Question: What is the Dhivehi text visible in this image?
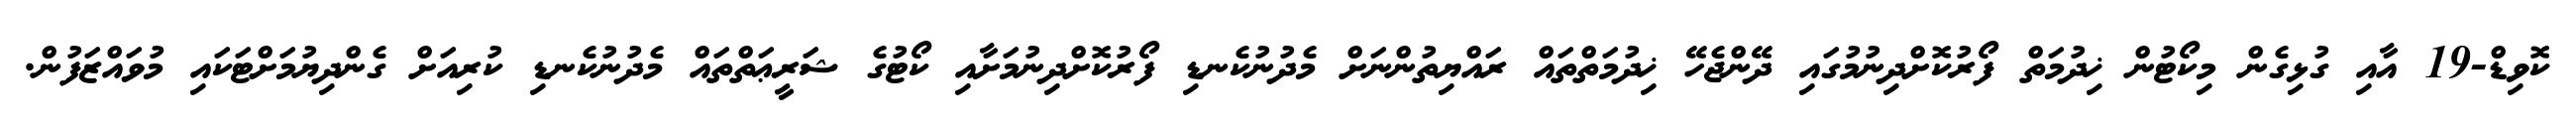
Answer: ކޮވިޑް-19 އާއި ގުޅިގެން މިކޯޓުން ޚިދުމަތް ފޯރުކޮށްދިނުމުގައި ދޭންޖެހޭ ޚިދުމަތްތައް ރައްޔިތުންނަށް މެދުނުކެނޑި ފޯރުކޮށްދިނުމަށާއި ކޯޓުގެ ޝަރީޢަތްތައް މެދުނުކެނޑި ކުރިއަށް ގެންދިޔުމަށްޓަކައި މުވައްޒަފުން.